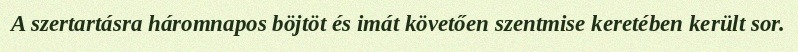
A szertartásra háromnapos böjtöt és imát követően szentmise keretében került sor.